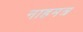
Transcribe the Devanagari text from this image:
नाहमत्र